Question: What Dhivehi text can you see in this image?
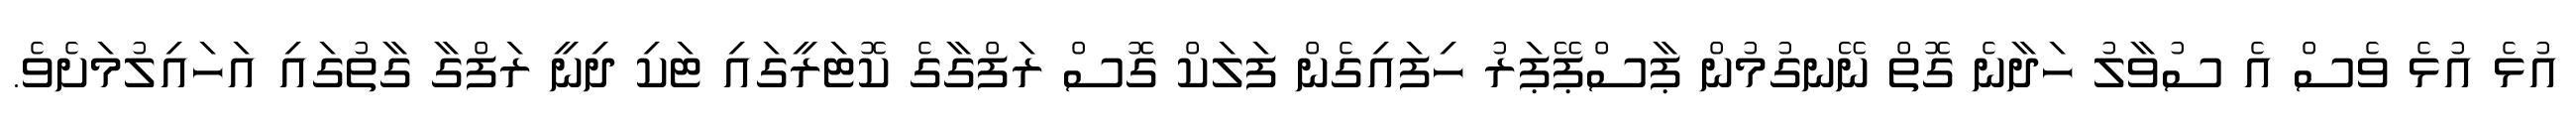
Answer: އުޅެ އުޅެ ވެސް އެ ސުވާލު ހަދާނެ ގޮތް ނޭނގުމުން ޕާސްޕޭޕަރު ހިފައިގެން ފަލަކް ގޮސް ރަފްގާގެ ކޮޓަރީގައި ޓަކި ދިނީ ރަފްގާ ގާތުގައި އަހައިލުމަށެވެ.